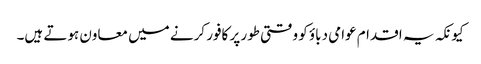
کیونکہ یہ اقدام عوامی دباؤ کو وقتی طور پر کافور کرنے میں معاون ہوتے ہیں۔